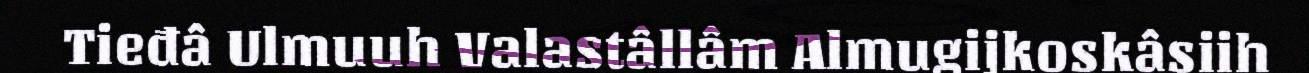
Tieđâ Ulmuuh Valastâllâm Almugijkoskâsiih